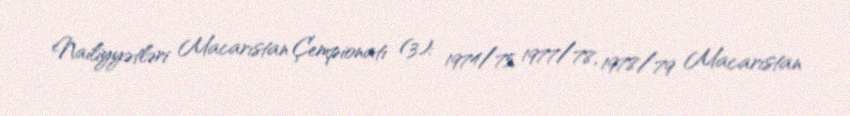
Nailiyyətləri Macarıstan Çempionatı (3): 1974/75, 1977/78, 1978/79 Macarıstan